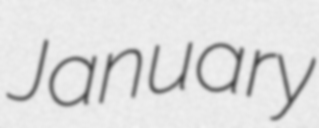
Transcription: January